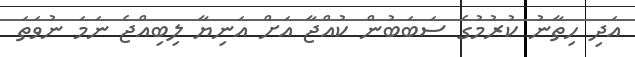
އަދި ހިތާނު ކުރުމުގެ ސަބަބުން ކުއްޖާ އަށް އަނިޔާ ލިބިއްޖެ ނަމަ ނުވަތަ